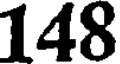
148